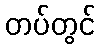
တပ်တွင်